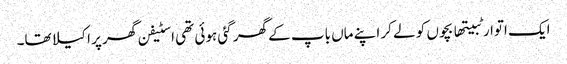
ایک اتوار ٹبیتھا بچوں کو لے کر اپنے ماں باپ کے گھر گئی ہوئی تھی اسٹیفن گھر پر اکیلا تھا۔